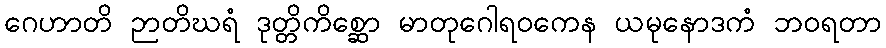
ဂေဟာတိ ဉာတိဃရံ ဒုတ္တိကိစ္ဆော မာတုဂေါရဝကေန ယမုနောဒကံ ဘဝရတာ